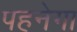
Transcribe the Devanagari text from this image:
पहनेगा